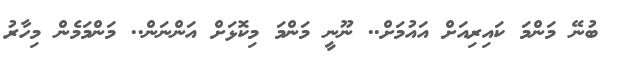
ބުނޭ މަންމަ ކައިރިއަށް އައުމަށް.. ނޫނީ މަންމަ މިކޮޅަށް އަންނަން.. މަންމަމެން މިހާރު